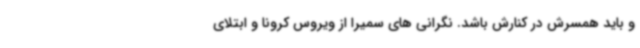
و باید همسرش در کنارش باشد. نگرانی های سمیرا از ویروس کرونا و ابتلای